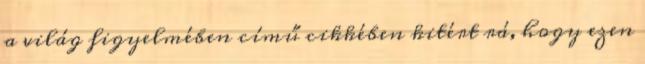
a világ figyelmében című cikkében kitért rá, hogy ezen